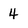
Character: 4